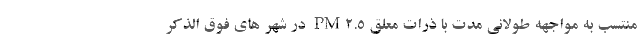
منتسب به مواجهه طولانی مدت با ذرات معلق PM۲.۵ در شهر های فوق الذکر